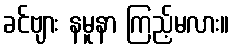
ခင်ဗျား နမူနာ ကြည့်မလား။